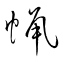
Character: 蠟